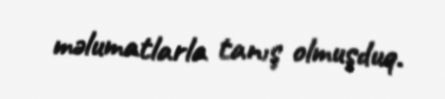
məlumatlarla tanış olmuşduq.